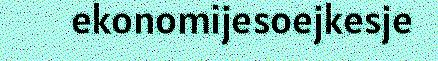
ekonomijesoejkesje